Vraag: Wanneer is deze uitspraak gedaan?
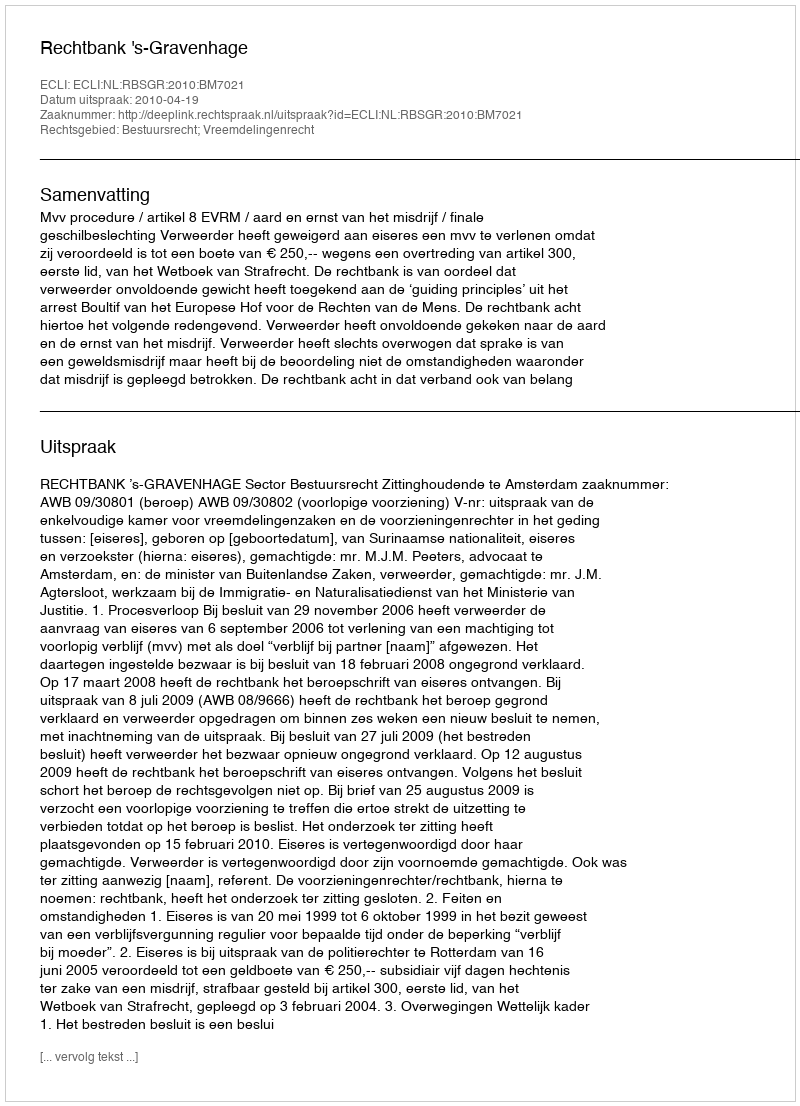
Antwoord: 2010-04-19